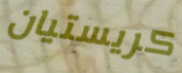
كريستيان